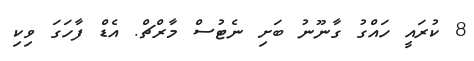
8 ކުރައީ ހައްގު ގާނޫނު ބަށި ނެޓުސް މާރްޗް. އެޑް ފާހަގަ ވިކި